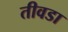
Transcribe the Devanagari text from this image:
तीवडा